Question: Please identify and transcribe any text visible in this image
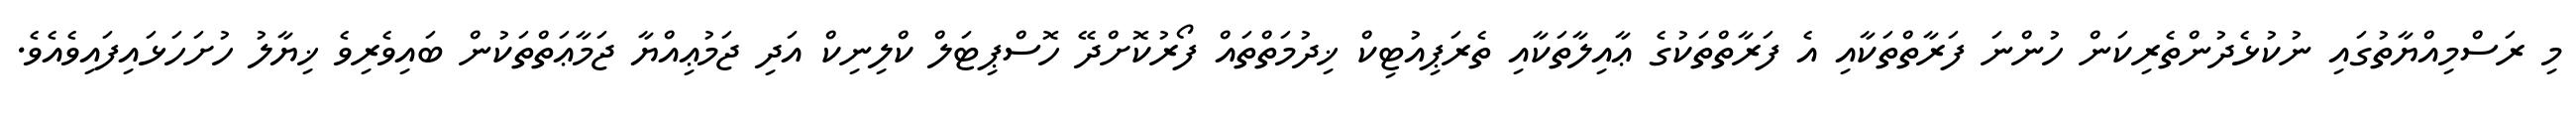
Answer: މި ރަސްމިއްޔާތުގައި ނުކުޅެދުންތެރިކަން ހުންނަ ފަރާތްތަކާއި އެ ފަރާތްތަކުގެ ޢާއިލާތަކާއި ތެރަޕިއުޓިކް ޚިދުމަތްތައް ފޯރުކޮށްދޭ ހޮސްޕިޓަލް ކްލިނިކް އަދި ޖަމުޢިއްޔާ ޖަމާޢަތްތަކުން ބައިވެރިވެ ޚިޔާލު ހުށަހަޅައިފައިވެއެވެ.